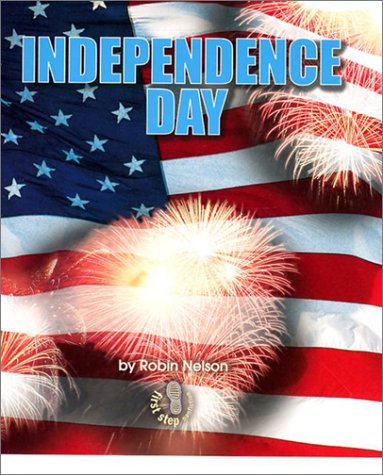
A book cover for Independence Day (First Step Nonfiction); Robin Nelson; Children's Books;